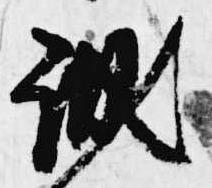
誠